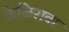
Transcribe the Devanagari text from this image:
केकिरावा